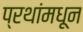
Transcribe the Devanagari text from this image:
प्रथांमधून